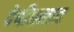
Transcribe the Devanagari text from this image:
देबीप्रसाद